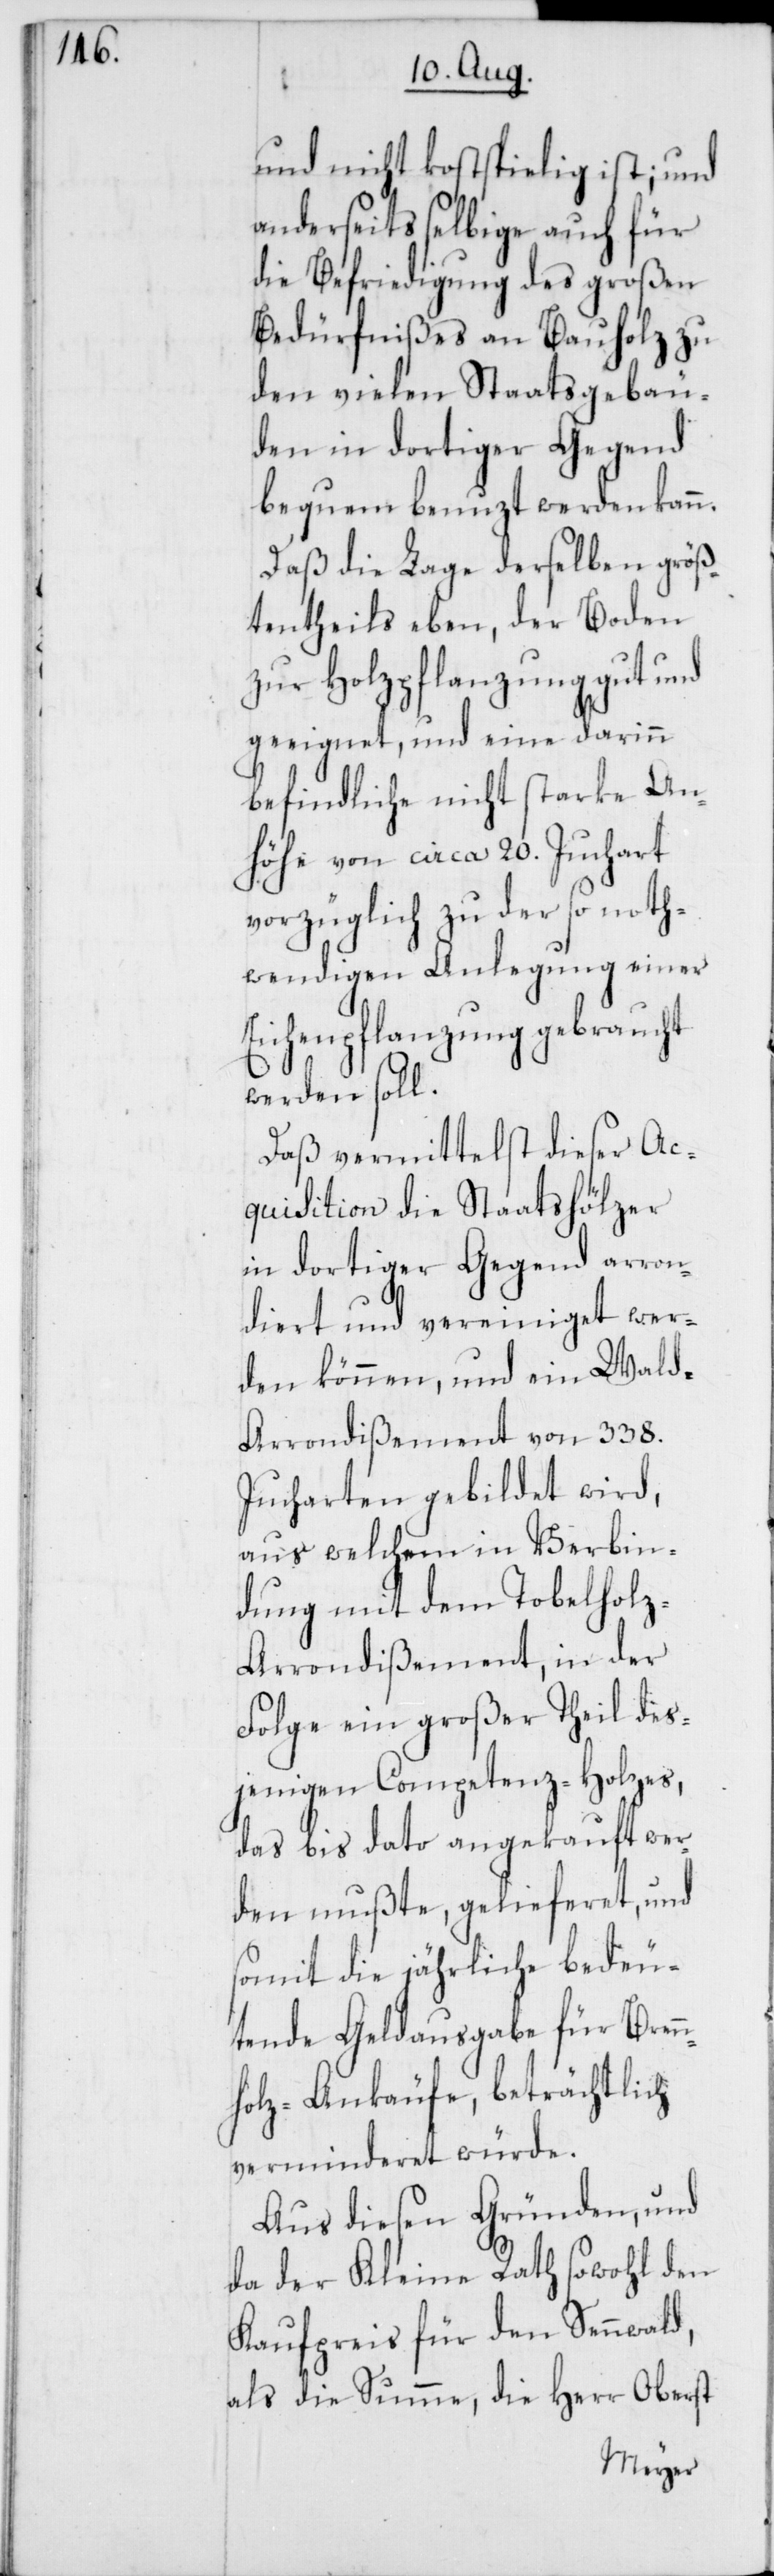
und nicht kostspielig ist; und
anderseits selbige auch für
die Befriedigung des großen
Bedürfnißes an Bauholz zu
den vielen Staatsgebäu¬
den in dortiger Gegend
bequem benuzt werden kann.
Daß die Lage derselben größ¬
tentheils eben, der Boden
zur Holzpflanzung gut und
geeignet, und eine darinn
befindliche nicht starke An¬
höhe von circa 20. Juchart
vorzüglich zu der so noth¬
wendigen Anlegung einer
Eichenpflanzung gebraucht
werden soll.
Daß vermittelst dieser Ac¬
quisition die Staatshölzer
in dortiger Gegend arron¬
diert und vereiniget wer¬
den können, und ein Wald-A¬
rrondißement von 338.
Jucharten gebildet wird,
aus welchen in Verbin¬
dung mit dem Tobelhol¬
z-Arrondißement, in der
Folge ein großer Theil des¬
jenigen Competenz-Holzes,
das bis dato angekauft wer¬
den mußte, gelieferet, und
somit die jährliche bedeu¬
tende Geldausgabe für Bren¬
nholz-Ankäufe, beträchtlich
verminderet würde.
Aus diesen Gründen, und
da der Kleine Rath sowohl den
Kaufpreis für den Sennwald,
als die Summe, die Herr Oberst